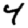
Digit: 4